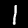
Label: 1